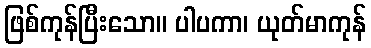
ဖြစ်ကုန်ပြီးသော။ ပါပကာ၊ ယုတ်မာကုန်